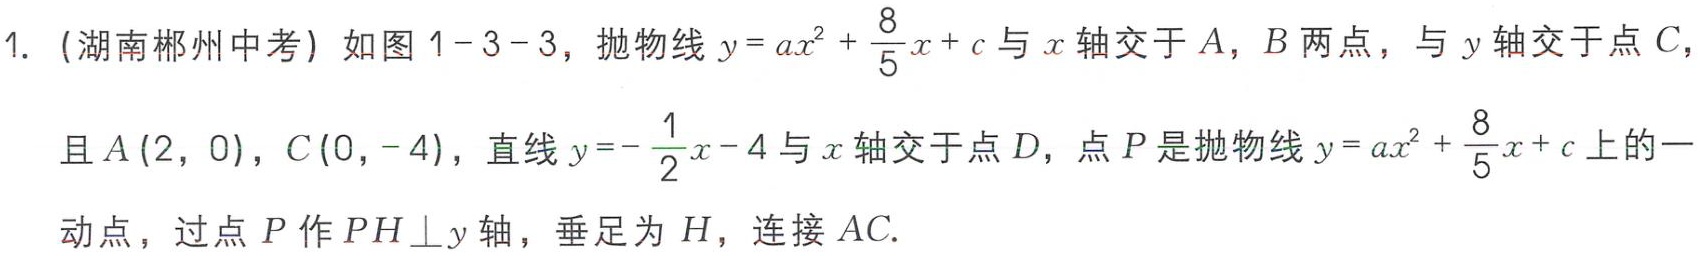
1. (湖南郴州中考) 如图1-3-3，抛物线\(y = ax^{2}+\frac{8}{5}x + c\)与\(x\)轴交于\(A\)，\(B\)两点，与\(y\)轴交于点\(C\)，且\(A(2,0)\)，\(C(0,-4)\)，直线\(y = -\frac{1}{2}x - 4\)与\(x\)轴交于点\(D\)，点\(P\)是抛物线\(y = ax^{2}+\frac{8}{5}x + c\)上的一动点，过点\(P\)作\(PH\perp y\)轴，垂足为\(H\)，连接\(AC\).